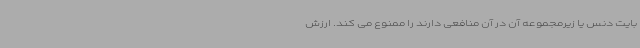
بایت دنس یا زیرمجموعه آن در آن منافعی دارند را ممنوع می کند. ارزش